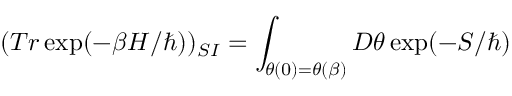
( T r \exp ( - \beta H / \hbar ) ) _ { S I } = \int _ { \theta ( 0 ) = \theta ( \beta ) } D \theta \exp ( - S / \hbar )